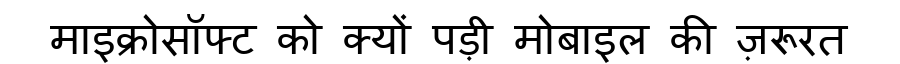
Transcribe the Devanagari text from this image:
माइक्रोसॉफ्ट को क्यों पड़ी मोबाइल की ज़रूरत